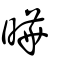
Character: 曄